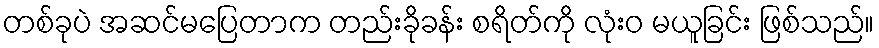
တစ်ခုပဲ အဆင်မပြေတာက တည်းခိုခန်း စရိတ်ကို လုံးဝ မယူခြင်း ဖြစ်သည်။